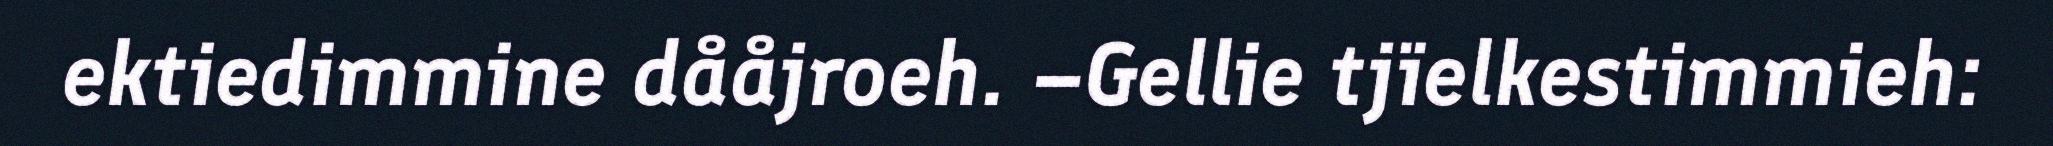
ektiedimmine dååjroeh. –Gellie tjïelkestimmieh: